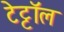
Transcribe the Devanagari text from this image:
टेट्टॉल